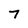
Character: 7